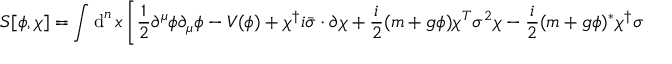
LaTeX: S [ \phi , \chi ] = \int \operatorname { d } ^ { n } x \left[ { \frac { 1 } { 2 } } \partial ^ { \mu } \phi \partial _ { \mu } \phi - V ( \phi ) + \chi ^ { \dagger } i { \bar { \sigma } } \cdot \partial \chi + { \frac { i } { 2 } } ( m + g \phi ) \chi ^ { T } \sigma ^ { 2 } \chi - { \frac { i } { 2 } } ( m + g \phi ) ^ { * } \chi ^ { \dagger } \sigma ^ { 2 } \chi ^ { * } \right]